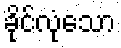
ခိုင်လုံသော